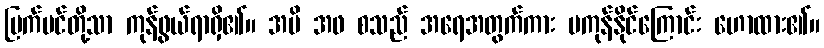
မြက်ပင်တို့သာ ကုန်ဖွယ်ရာရှိ၏။ အမိ အဖ စသည် အရေအတွက်ကား မကုန်နိုင်ကြောင်း ဟောထား၏။